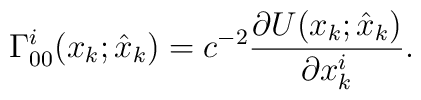
\Gamma_{00}^{i}(x_{k};\hat{x}_{k} ) = c^{- 2}\frac{\partial U(x_{k};\hat{x}_{k} )}{\partial x_{k}^{i}}.